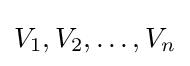
V_{1},V_{2},\ldots ,V_{n}